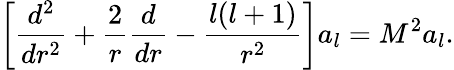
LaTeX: \left[{\frac{d^{2}}{dr^{2}}}+{\frac{2}{r}}{\frac{d}{dr}}-{\frac{l(l+1)}{r^{2}}}\right]a_{l}=M^{2}a_{l}.